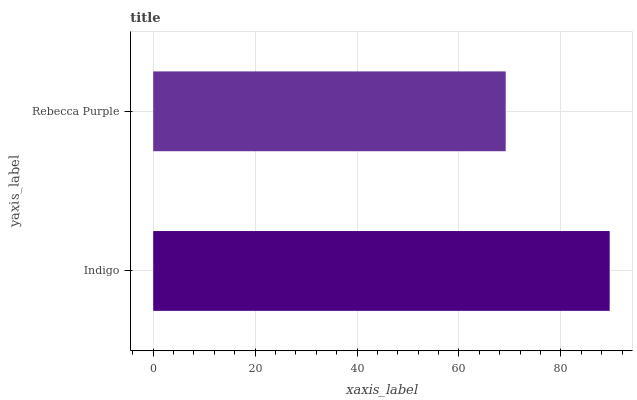
| yaxis_label | bars |
 | --- | --- |
 | Indigo | 89.6 |
 | Rebecca Purple | 69.2 |